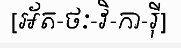
[អ័ត-ថៈ-វិ-កា-រ៉ី]